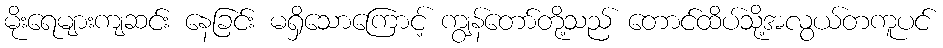
မိုးရေများကျဆင်း နေခြင်း မရှိသောကြောင့် ကျွန်တော်တို့သည် တောင်ထိပ်သို့အလွယ်တကူပင်